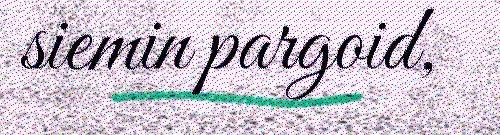
siemin pargoid,